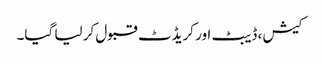
کیش ، ڈیبٹ اور کریڈٹ قبول کر لیا گیا۔